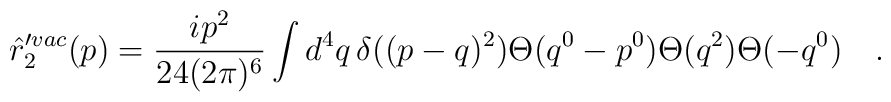
\hat{r}'^{vac}_2(p)=\frac{i p^2}{24(2 \pi)^6} \int d^4q \, \delta((p-q)^2)\Theta(q^0-p^0) \Theta(q^2) \Theta(-q^0) \quad .